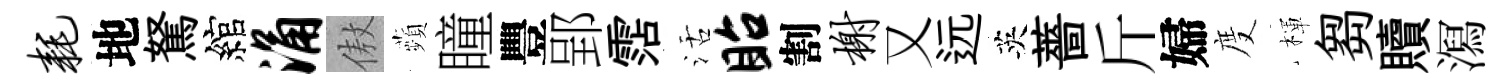
耗地駑綰涌傲蘋瞳豐郢霑活眙割榭又远英薔斤婦度楎芻贖㵼